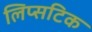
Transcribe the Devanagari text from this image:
लिप्सटिक